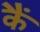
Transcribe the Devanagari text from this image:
कैं